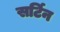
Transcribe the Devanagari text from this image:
सर्टिन